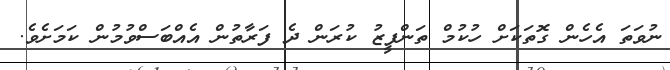
ނުވަތަ އެހެން ގޮތަކަށް ހުކުމް ތަންފީޒު ކުރަން ދެ ފަރާތުން އެއްބަސްވުމުން ކަމަށެވެ.